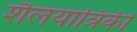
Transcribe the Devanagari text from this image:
शैलयांत्रिकी